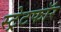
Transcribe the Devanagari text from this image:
स्ट्रेटफॉर